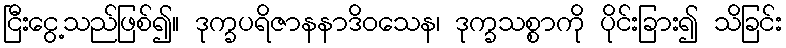
ငြီးငွေ့သည်ဖြစ်၍။ ဒုက္ခပရိဇာနနာဒိဝသေန၊ ဒုက္ခသစ္စာကို ပိုင်းခြား၍ သိခြင်း